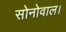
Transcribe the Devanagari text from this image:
सोनोवाल।